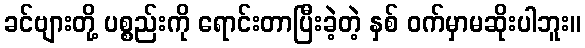
ခင်ဗျားတို့ ပစ္စည်းကို ရောင်းတာပြီးခဲ့တဲ့ နှစ် ဝက်မှာမဆိုးပါဘူး။